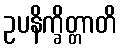
ဥပနိက္ခိတ္တာတိ